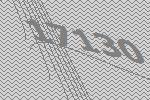
17130